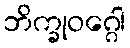
ဘိက္ခုဝဂ္ဂေါ